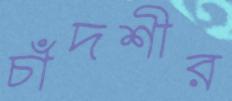
চাঁদশীর